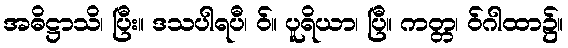
အဓိဋ္ဌာသိ၊ ပြီး။ ဒသပါရပီ၊ ဝ်။ ပူရိယာ၊ ပြီ။ ကတ္တ၊ ဝ်ဂါထာ၌။